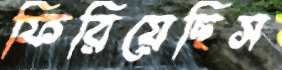
ফিরিয়েছিস